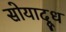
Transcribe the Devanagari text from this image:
सोयादूध